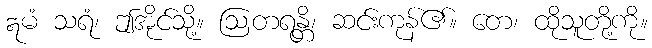
ဣမံ သရံ၊ ဤအိုင်သို့။ ဩတရန္တိ၊ ဆင်းကုန်၏။ တေ၊ ထိုသူတို့ကို။